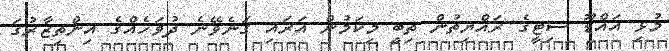
މުޅި އައްޑޫ ސިޓީގެ ރައްޔިތުން ތިބީ މިކަމުން އަރައި ގަނެވޭނެ ދުވަހެއްގެ އިންތިޒާރުގަ